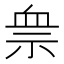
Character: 𱵋